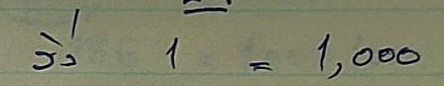
วิ่ง 1 =1,000